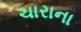
ચારાના